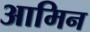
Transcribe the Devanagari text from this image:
आमिन